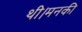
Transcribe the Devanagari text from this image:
थी।मनकी